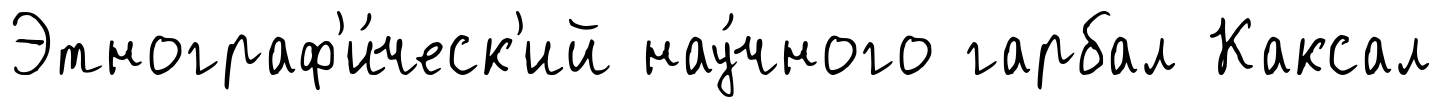
Этнограф'и́ческ'ий нау́чного гарбал Каксал